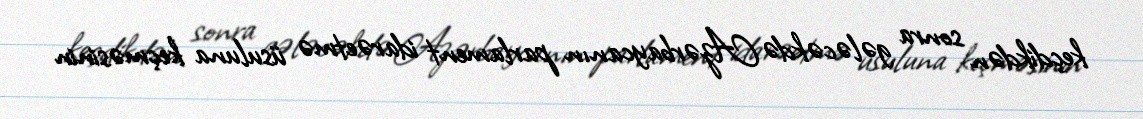
keçdikdən sonra gələcəkdə Azərbaycanın parlament idarəetmə üsuluna keçməsinin